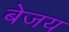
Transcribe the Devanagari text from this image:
बेजय